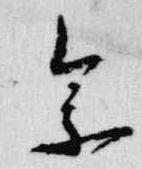
参